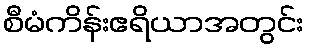
စီမံကိန်းဧရိယာအတွင်း